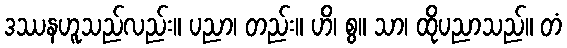
ဒဿနဟူသည်လည်း။ ပညာ၊ တည်း။ ဟိ၊ စွ။ သာ၊ ထိုပညာသည်။ တံ